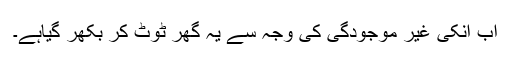
اب انکی غیر موجودگی کی وجہ سے یہ گھر ٹوٹ کر بکھر گیاہے۔